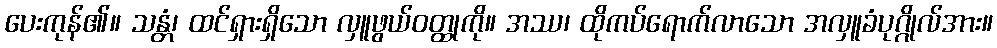
ပေးကုန်၏။ သန္တံ၊ ထင်ရှားရှိသော လှူဖွယ်ဝတ္ထုကို။ အဿ၊ ထိုကပ်ရောက်လာသော အလှူခံပုဂ္ဂိုလ်အား။